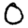
Digit: 0